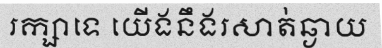
រក្សាទេ យើងនឹងរសាត់ឆ្ងាយ